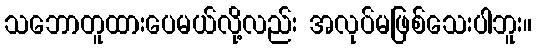
သဘောတူထားပေမယ်လို့လည်း အလုပ်မဖြစ်သေးပါဘူး။